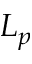
L _ { p }